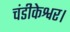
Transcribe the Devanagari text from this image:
चंडीकेश्वर।